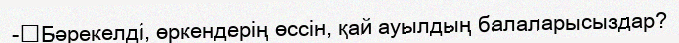
-	Бәрекелді, өркендерің өссін, қай ауылдың балаларысыздар?